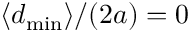
\langle d _ { \mathrm { m i n } } \rangle / ( 2 a ) = 0